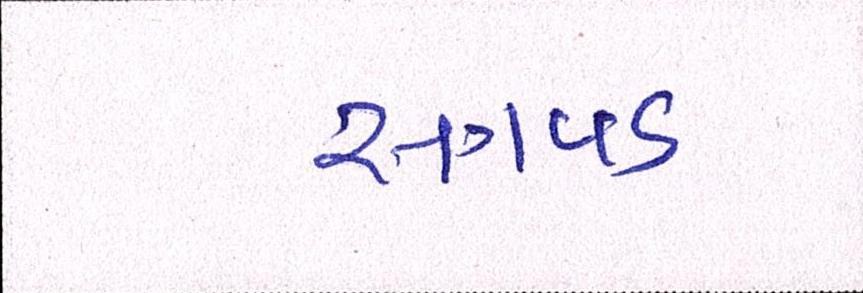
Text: સગવડ